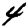
Digit: 4